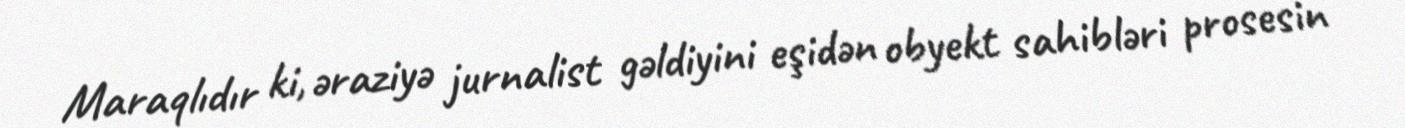
Maraqlıdır ki, əraziyə jurnalist gəldiyini eşidən obyekt sahibləri prosesin